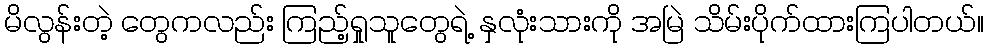
မိလွန်းတဲ့ တွေကလည်း ကြည့်ရှုသူတွေရဲ့ နှလုံးသားကို အမြဲ သိမ်းပိုက်ထားကြပါတယ်။